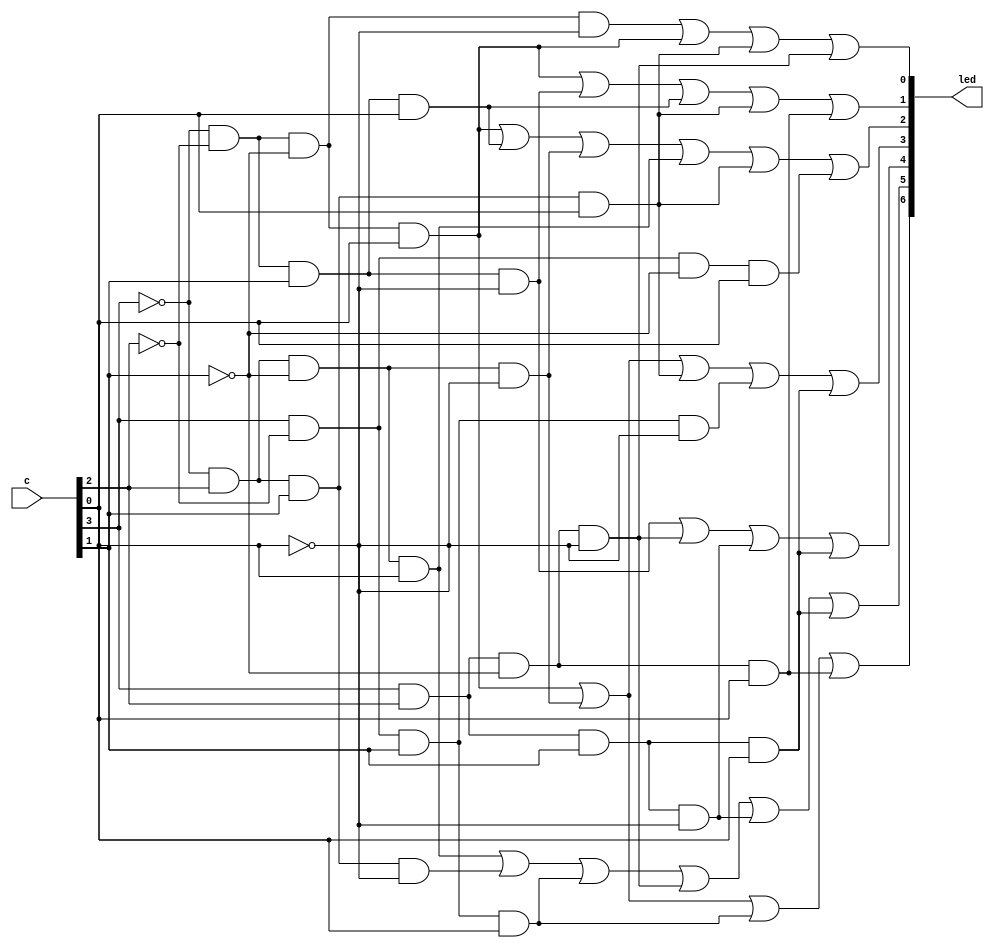
`timescale 1ns / 1ns // `timescale time_unit/time_precision


//code to display on hex0 and hex1
module hex7seg (input[3:0] c, output[0:6] led);

	assign led[0] = (~c[3]&~c[2]&~c[1]&c[0])|(~c[3]&c[2]&~c[1]&~c[0])|
						 (c[3]&~c[2]&c[1]&c[0])|(c[3]&c[2]&~c[1]&c[0]);
						  
	assign led[1] = (~c[3]&c[2]&~c[1]&c[0])|(~c[3]&c[2]&c[1]&~c[0])|
						 (c[3]&~c[2]&c[1]&c[0])|(c[3]&c[2]&~c[1]&~c[0])|
					    (c[3]&c[2]&c[1]&~c[0])|(c[3]&c[2]&c[1]&c[0]);
						  
	assign led[2] = (~c[3]&~c[2]&c[1]&~c[0])|(c[3]&c[2]&~c[1]&~c[0])|
						 (c[3]&c[2]&c[1]&~c[0])|(c[3]&c[2]&c[1]&c[0]);
	
	assign led[3] = (~c[3]&~c[2]&~c[1]&c[0])|(~c[3]&c[2]&~c[1]&~c[0])|
						 (~c[3]&c[2]&c[1]&c[0])|(c[3]&~c[2]&c[1]&~c[0])|
						 (c[3]&c[2]&c[1]&c[0]);
						  
	
	assign led[4] = (~c[3]&~c[2]&~c[1]&c[0])|(~c[3]&~c[2]&c[1]&c[0])|
						 (~c[3]&c[2]&~c[1]&~c[0])|(~c[3]&c[2]&~c[1]&c[0])|
						 (~c[3]&c[2]&c[1]&c[0])|(c[3]&~c[2]&~c[1]&c[0]);
						  
	
	assign led[5] = (~c[3]&~c[2]&~c[1]&c[0])|(~c[3]&~c[2]&c[1]&~c[0])|
						 (~c[3]&~c[2]&c[1]&c[0])|(~c[3]&c[2]&c[1]&c[0])|
						 (c[3]&c[2]&~c[1]&c[0]);
						  
	
	assign led[6] = (~c[3]&~c[2]&~c[1]&~c[0])|(~c[3]&~c[2]&~c[1]&c[0])|
						 (~c[3]&c[2]&c[1]&c[0])|(c[3]&c[2]&~c[1]&~c[0]);

endmodule